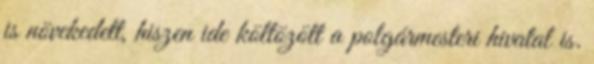
is növekedett, hiszen ide költözött a polgármesteri hivatal is.